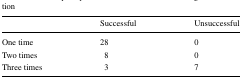
<table><thead><tr><td></td><td><b>Successful</b></td><td><b>Unsuccessful</b></td></tr></thead><tbody><tr><td>One time</td><td>28</td><td>0</td></tr><tr><td>Two times</td><td>8</td><td>0</td></tr><tr><td>Three times</td><td>3</td><td>7</td></tr></tbody></table>